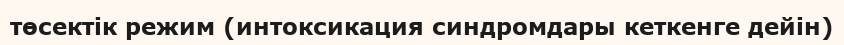
төсектік режим (интоксикация синдромдары кеткенге дейін)